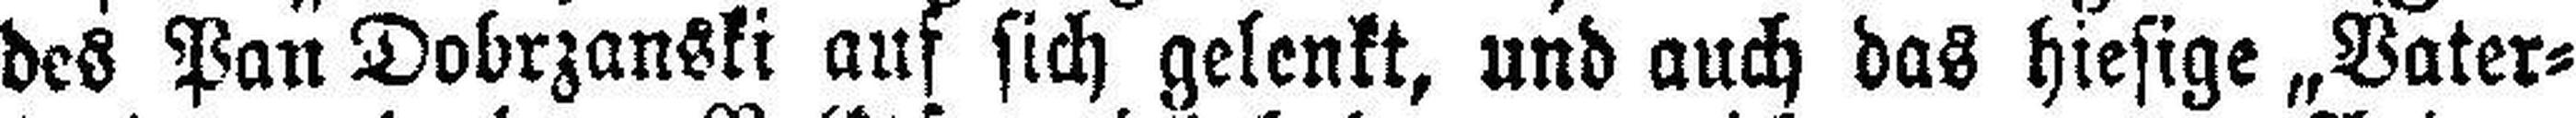
des Pan Dobrzanski auf sich gelenkt, und auch das hiesige „Vater¬